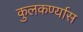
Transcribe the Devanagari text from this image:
कुलकर्ण्यास